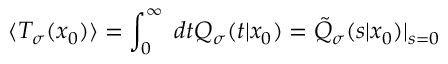
\langle T _ { \sigma } ( x _ { 0 } ) \rangle = \int _ { 0 } ^ { \infty } \; d t Q _ { \sigma } ( t | x _ { 0 } ) = \tilde { Q } _ { \sigma } ( s | x _ { 0 } ) | _ { s = 0 }